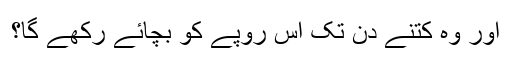
اور وہ کتنے دن تک اس روپے کو بچائے رکھے گا؟